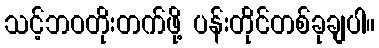
သင့်ဘဝတိုးတက်ဖို့ ပန်းတိုင်တစ်ခုချပါ။